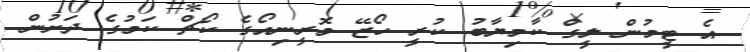
އެ ޓީމުން ލީގް ކާމިޔާބު ކުރީ ހޯޒޭ މޮރީނިއޯގެ ކޯޗް ކަމުގެ ދަށުން